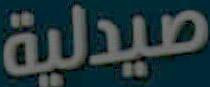
صيدلية